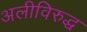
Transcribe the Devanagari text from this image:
अलीविरुद्ध